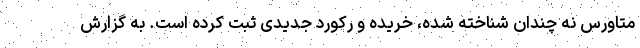
متاورس نه چندان شناخته شده، خریده و رکورد جدیدی ثبت کرده است. به گزارش